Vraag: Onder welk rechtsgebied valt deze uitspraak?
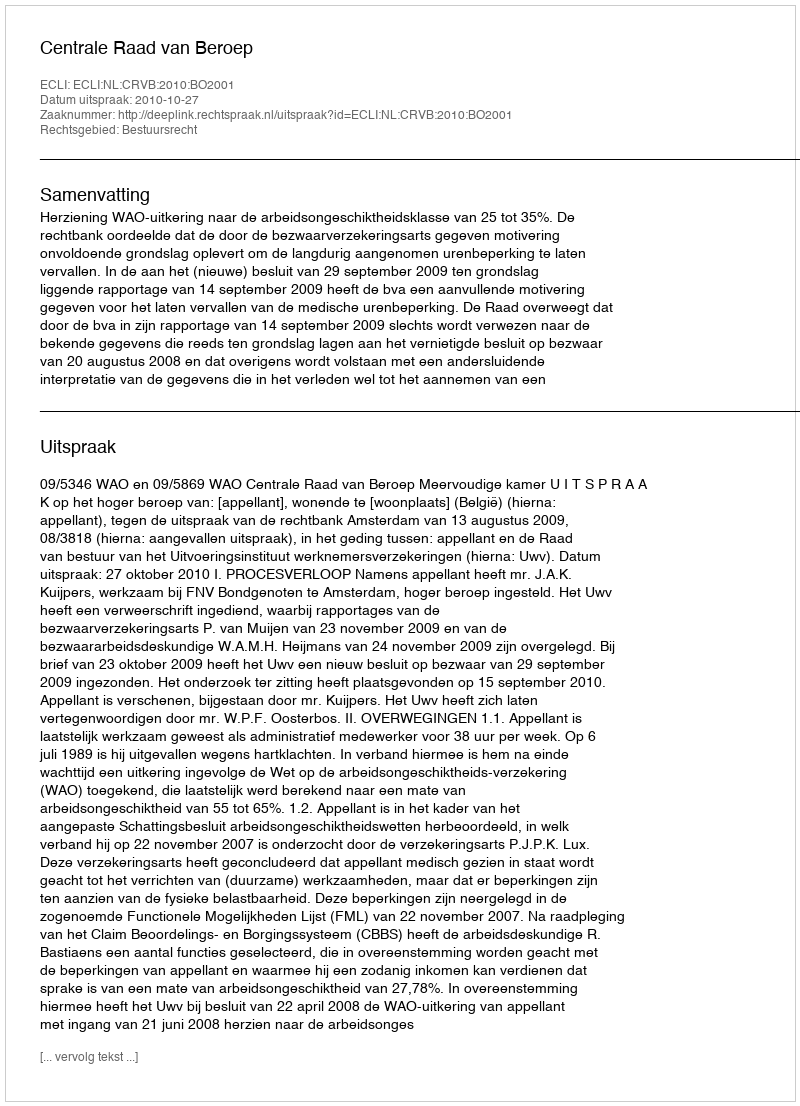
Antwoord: Bestuursrecht